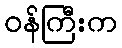
ဝန်ကြီးက